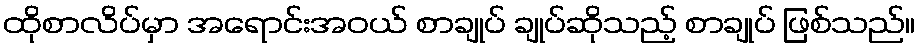
ထိုစာလိပ်မှာ အရောင်းအဝယ် စာချုပ် ချုပ်ဆိုသည့် စာချုပ် ဖြစ်သည်။